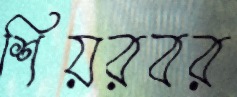
শিয়রবর